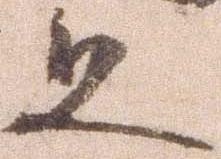
且